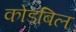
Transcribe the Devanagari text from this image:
कोडबिल